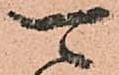
可